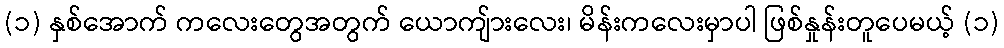
(၁) နှစ်အောက် ကလေးတွေအတွက် ယောကျ်ားလေး၊ မိန်းကလေးမှာပါ ဖြစ်နှုန်းတူပေမယ့် (၁)